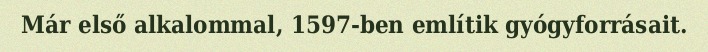
Már első alkalommal, 1597-ben említik gyógyforrásait.